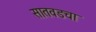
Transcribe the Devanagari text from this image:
सातवडचा